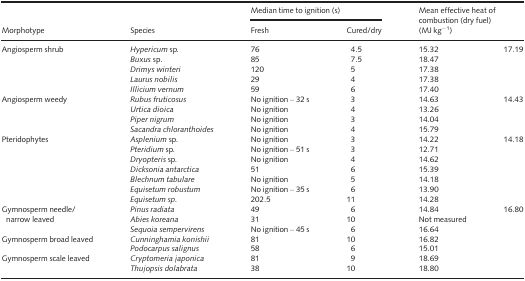
| <ROWSPAN=2> Morphotype | <ROWSPAN=2> Species | <COLSPAN=2> Median time to ignition (s) | <ROWSPAN=2-COLSPAN=2> Mean effective heat of combustion (dry fuel) (MJ kg−1) |
 | Fresh | Cured/dry |
 | --- | --- | --- | --- | --- | --- |
 | <ROWSPAN=5> Angiosperm shrub | Hypericum sp. | 76 | 4.5 | 15.32 | <ROWSPAN=5> 17.19 |
 | Buxus sp. | 85 | 7.5 | 18.47 |
 | Drimys winteri | 120 | 5 | 17.38 |
 | Laurus nobilis | 29 | 4 | 17.38 |
 | Illicium vernum | 59 | 6 | 17.40 |
 | <ROWSPAN=4> Angiosperm weedy | Rubus fruticosus | No ignition – 32 s | 3 | 14.63 | <ROWSPAN=4> 14.43 |
 | Urtica dioica | No ignition | 4 | 13.26 |
 | Piper nigrum | No ignition | 3 | 14.04 |
 | Sacandra chloranthoides | No ignition | 4 | 15.79 |
 | <ROWSPAN=7> Pteridophytes | Asplenium sp. | No ignition | 3 | 14.22 | <ROWSPAN=7> 14.18 |
 | Pteridium sp. | No ignition – 51 s | 3 | 12.71 |
 | Dryopteris sp. | No ignition | 4 | 14.62 |
 | Dicksonia antarctica | 51 | 6 | 15.39 |
 | Blechnum tabulare | No ignition | 5 | 14.18 |
 | Equisetum robustum | No ignition – 35 s | 6 | 13.90 |
 | Equisetum sp. | 202.5 | 11 | 14.28 |
 | <ROWSPAN=3> Gymnosperm needle/narrow leaved | Pinus radiata | 49 | 6 | 14.84 | <ROWSPAN=7> 16.80 |
 | Abies koreana | 31 | 10 | Not measured |
 | Sequoia sempervirens | No ignition – 45 s | 6 | 16.64 |
 | <ROWSPAN=2> Gymnosperm broad leaved | Cunninghamia konishii | 81 | 10 | 16.82 |
 | Podocarpus salignus | 58 | 6 | 15.01 |
 | <ROWSPAN=2> Gymnosperm scale leaved | Cryptomeria japonica | 81 | 9 | 18.69 |
 | Thujopsis dolabrata | 38 | 10 | 18.80 |